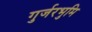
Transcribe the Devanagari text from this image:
गुर्जरभुमि